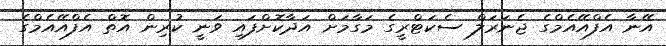
އޭނާ އެފްއޭއެމްގެ ޖެނަރަލް ސެކަޓްރީގެ މަގާމަށް އަދާކޮށްފައި ވަނީ ކުރިން އޮތް އެފްއޭއެމްގެ